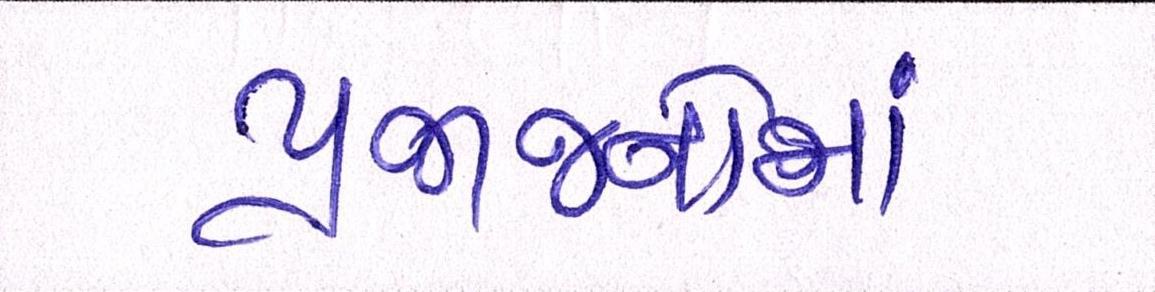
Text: પ્રજાજનોમાં